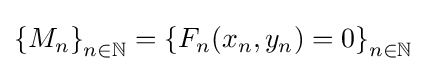
\left\{M_{n}\right\}_{n\in \mathbb {N} }=\left\{F_{n}(x_{n},y_{n})=0\right\}_{n\in \mathbb {N} }